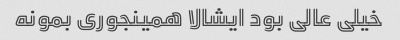
خیلی عالی بود ایشالا همینجوری بمونه